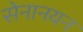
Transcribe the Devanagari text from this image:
सेनानयन